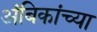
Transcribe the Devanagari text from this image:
अंबिकांच्या